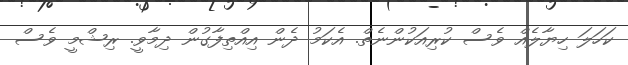
ކަހަލަ ހިޔާލެއް ވެސް ކުރިއަކުންނެތް. އެކަމު ދެން އިއްތިފާގުން ދިމާވީ. ރިޝްމީ ވެސް